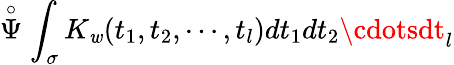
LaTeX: \stackrel{\circ}{\Psi}\int_{\sigma}K_{\mathit{w}}(t_{1},t_{2},\cdots,t_{l})dt_{1}dt_{2}\cdotsdt_{l}